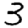
Digit: 3